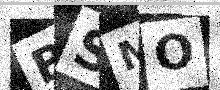
Text: BSMO